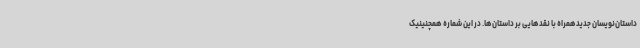
داستان‌نویسان جدیدهمراه با نقدهایی بر داستان‌ها. در این شماره همچنینیک